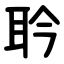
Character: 耹